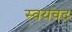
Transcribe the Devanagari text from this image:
स्वयंवद